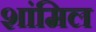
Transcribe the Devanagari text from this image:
शांमिल